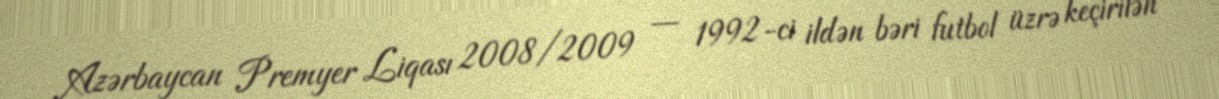
Azərbaycan Premyer Liqası 2008/2009 — 1992-ci ildən bəri futbol üzrə keçirilən